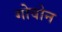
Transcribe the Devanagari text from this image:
गोवोन